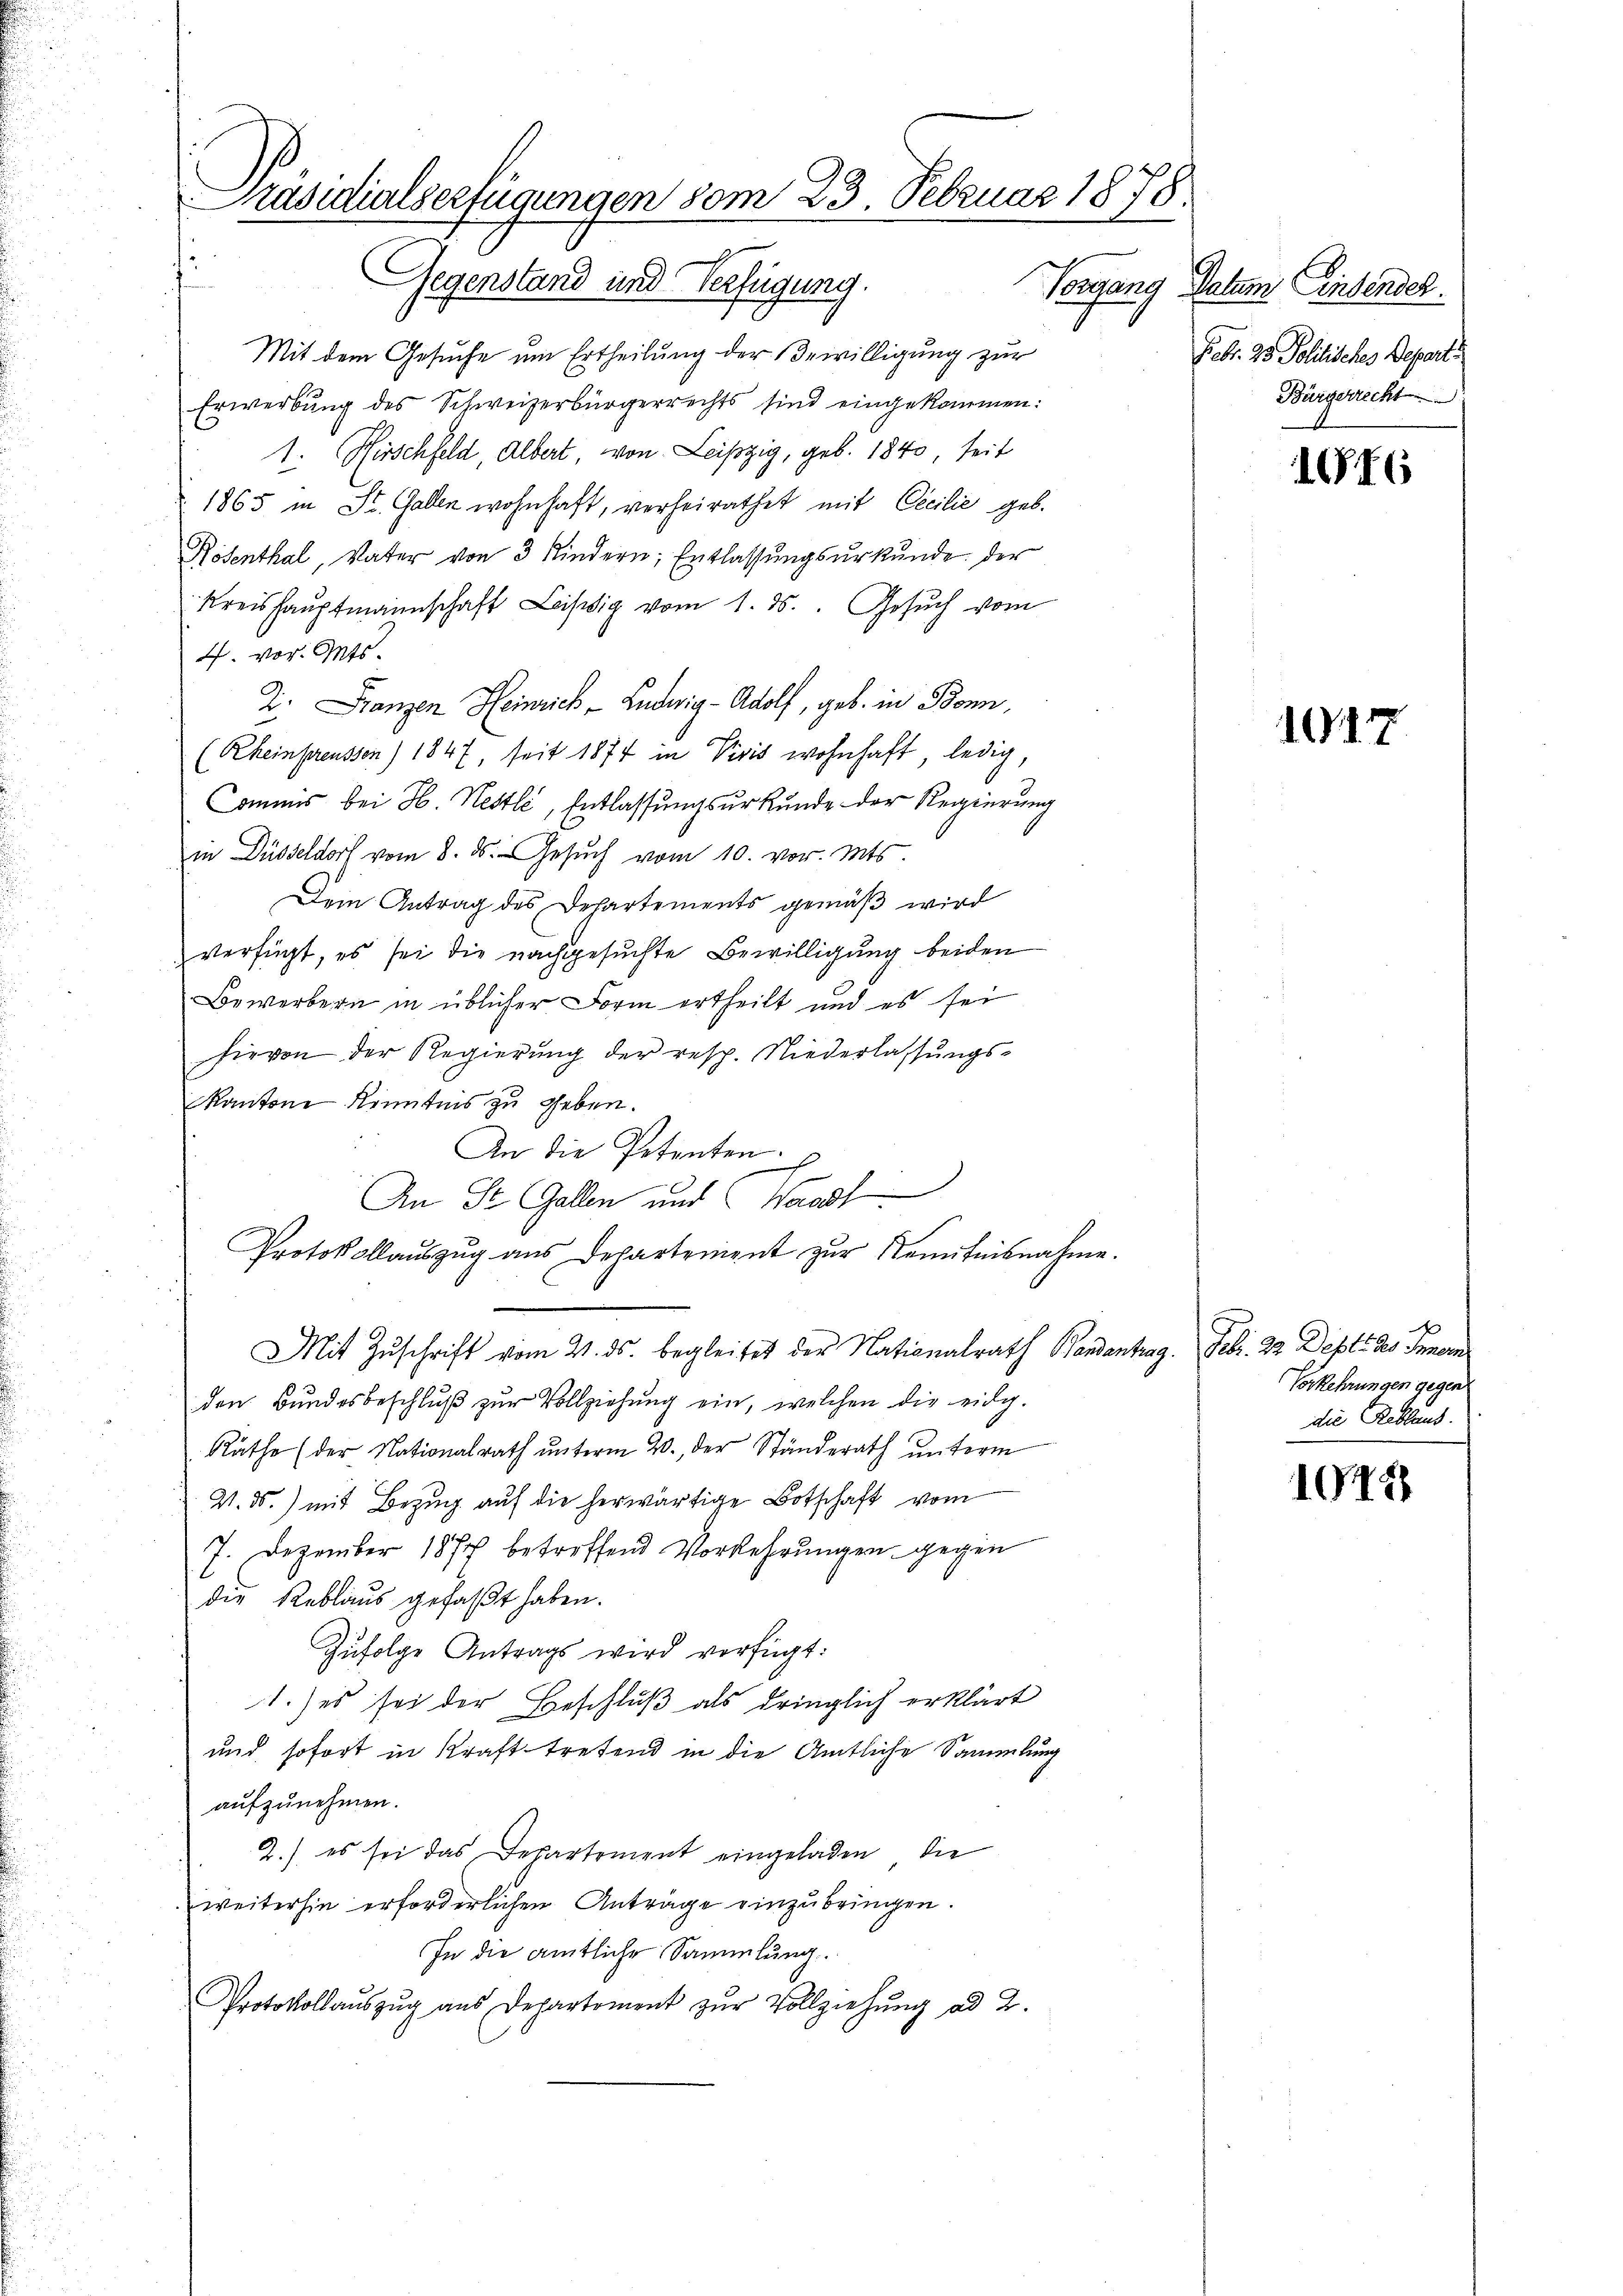
Präsidialserfügungen vom 23. Februar 1878.
9
Gegenstand und Verfügung.

Mit dem Gesuche um Ertheilung der Bewilligung zur
Erwerbung des Schweizerbürgerrechts sind eingekommen:
1. Hirschfeld, Albert, von Leipzig, geb. 1840, seit
1865 in St. Gallen wohnhaft, verheirathet mit Cecilie geb.
Rosenthal, Vater von 3 Kindern, Entlassungsurkunde der
Kreishauptmannschaft Leistig vom 1. ds. Gesuch vom
. vor Gatt
2. Franzen Heinrich, Ludwig-Adolf, geb. in Bonn,
(Rheinpreussen) 1847, seit 1874 in Visis wohnhaft, ledig,
Commis bei H. Nestli, Entlassungsurkunde der Regierung
in Düsseldorf vom 8. ds. Gesŭch vom 10. vor. Mts.
Dem Antrag des Departements gemäß wird
verfügt, es sei die nachgesuchte Bewilligung beiden
Bewerbern in üblicher Form ertheilt und es sei
hievon der Regierung der resp. Niederlassungs¬
Kantone Kenntnis zu geben.
An die Petenten
An St. Gallen und Waadt
Protokollaŭszŭg aŭs Departement zŭr Kenntnisnahme.
Mit Zuschrift vom 21. ds. begleitet der Nationalrath Bandentrag. Febr. 22. Depté des Innern
den Bundesbeschluß zur Vollziehung ein, welchen die eidg.
Räthe (der Nationalrath unterm 20. der Ständerath unterm
V. ds. mit Bezug auf die herwärtige Botschaft vom
7. Dezember 1877 betreffend Vorkehrungen gegen
die Reblaus gefaßt haben.
Zufolge Antrags wird verfügt:
1. es sei der Beschluß als dringlich erklärt
und sofort in Kraft tretend in die Amtliche Sammlung
aufzunehmen.
2.) es sei das Departement eingeladen, die
weiterhin erforderlichen Anträge einzubringen.
In die amtliche Sammlung.
Protokollaŭszŭg aŭs Departement zŭr Vollziehŭng ad 2.

Vorgang Datum insender.
Febr. 23. Politisches Depart.
Bärgerrecht

1816

1047

l
Vorkehrungen gegen
die Rebland.

1075